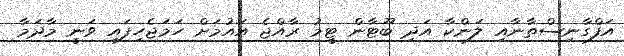
އަފްގާނިސްތާނާއި ލަންކާ އަދި ބޫޓާން ޓީމު ރާއްޖެ އައުމަށް ހަމަޖެހިފައި ވަނީ މާދަމާ